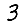
Digit: 3